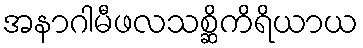
အနာဂါမီဖလသစ္ဆိကိရိယာယ